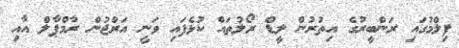
ފިލްމުގައި ރަންބީރުގެ އިތުރުން ލީޑް ރޯލުތައް ކުޅެފައި ވަނީ އަރްޖުން ރާމްޕާލް އާއި